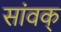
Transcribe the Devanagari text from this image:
सांवक्